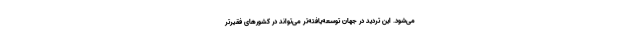
می‌شود. این تردید در جهان توسعه‌یافته‌تر می‌تواند در کشورهای فقیرتر